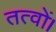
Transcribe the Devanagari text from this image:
तत्वों।